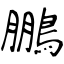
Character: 鵬